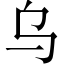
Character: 乌